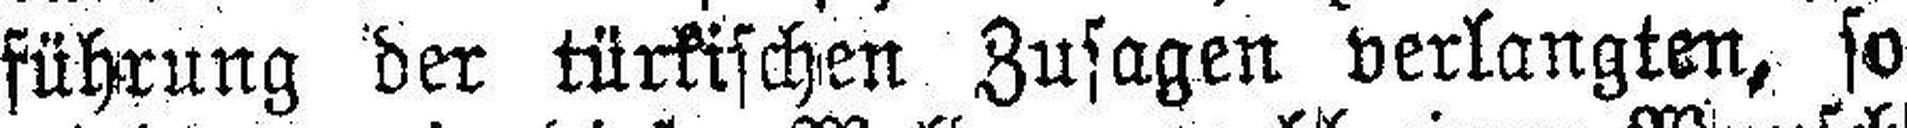
führung der türkischen Zusagen verlangten, so